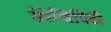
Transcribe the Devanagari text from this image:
सेरेन्डिपिटी